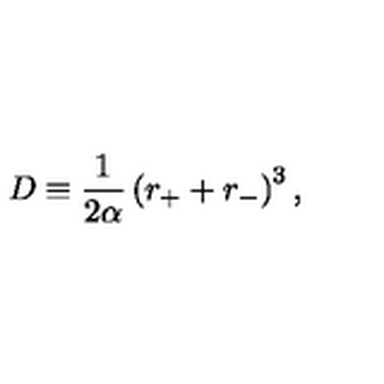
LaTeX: D \equiv \frac { 1 } { 2 \alpha } \left( r _ { + } + r _ { - } \right) ^ { 3 } ,